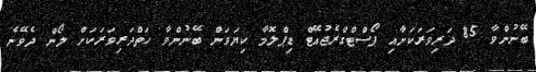
ބޭނުންވާ 85 ދަރިވަރަކަށާއި ޕޯސްޓްގްރެޖުއޭޓް ޑިޕްލޮމާ ކިޔަވަން ބޭނުންވާ ހަތްދަރިވަރަކަށް ލޯން ދެވޭނެ